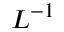
L ^ { - 1 }